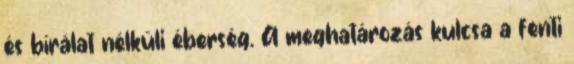
és bírálat nélküli éberség. A meghatározás kulcsa a fenti